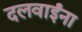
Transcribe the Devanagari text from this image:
दलवाईंना